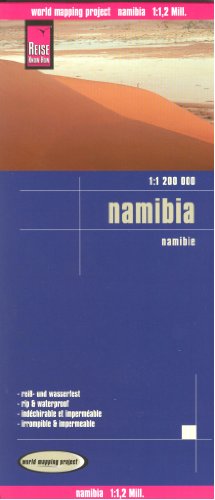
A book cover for Namibia 1:1,200,000 Travel Map, waterproof, GPS-compatible REISE, 2012 edition; Reise Knowhow; Travel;